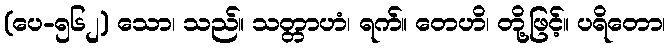
(ပေ-၅၆၂) သော၊ သည်။ သတ္တာဟံ၊ ရက်။ တေဟိ၊ တို့ဖြင့်။ ပရိတော၊